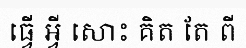
ធ្វើ អ្វី សោះ គិត តែ ពី